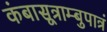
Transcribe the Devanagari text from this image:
कंबासूत्राम्बुपात्रं